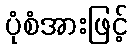
ပုံစံအားဖြင့်